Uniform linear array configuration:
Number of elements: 32
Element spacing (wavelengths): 0.25
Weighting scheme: hann
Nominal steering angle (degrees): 45
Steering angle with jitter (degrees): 43.276
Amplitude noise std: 0.05
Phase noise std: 0.05

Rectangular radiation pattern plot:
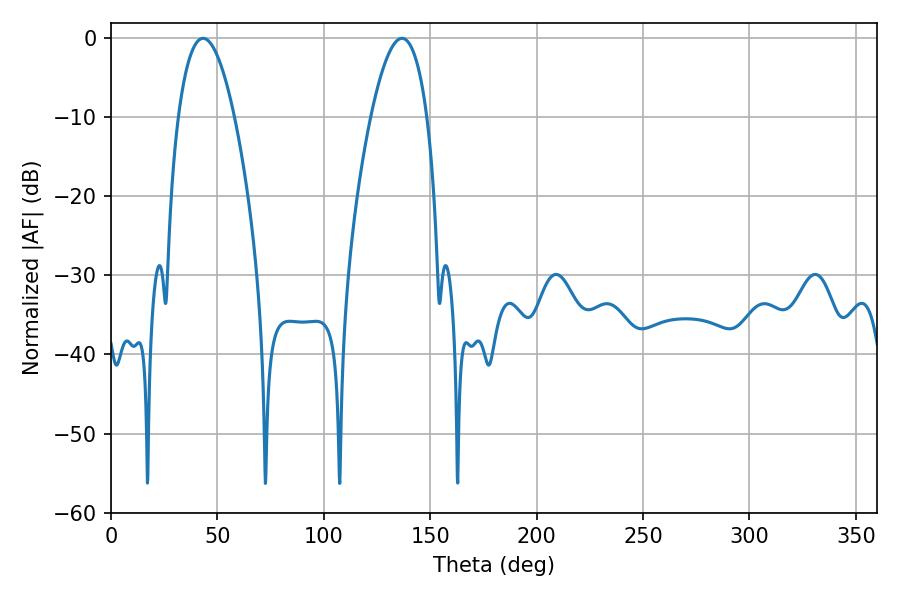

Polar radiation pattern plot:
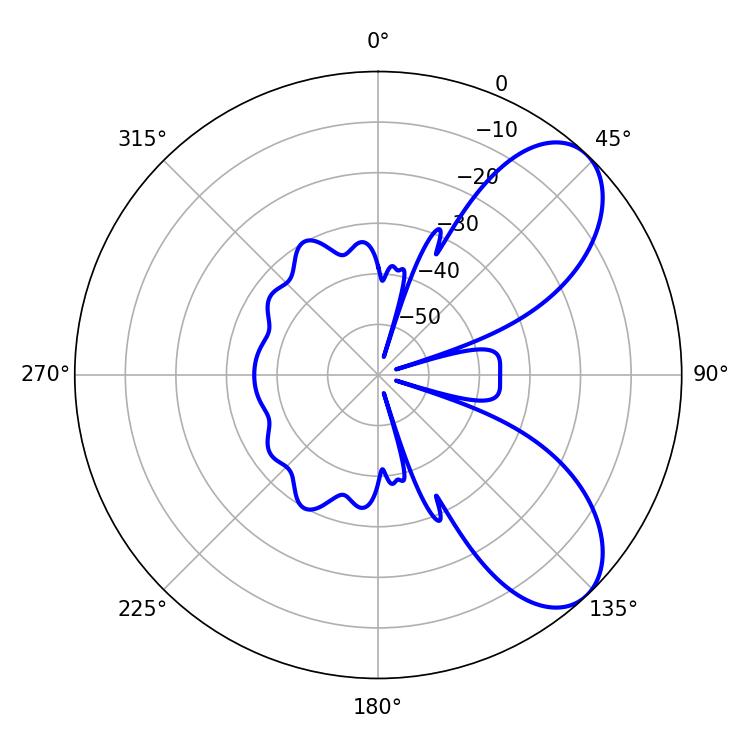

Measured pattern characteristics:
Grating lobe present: FALSE
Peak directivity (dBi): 7.257
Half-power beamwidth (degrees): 14.58
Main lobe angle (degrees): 43.2